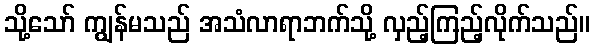
သို့သော် ကျွန်မသည် အသံလာရာဘက်သို့ လှည့်ကြည့်လိုက်သည်။